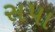
સપા